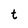
Character: t